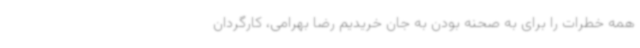
همه خطرات را برای به صحنه بودن به جان خریدیم رضا بهرامی، کارگردان